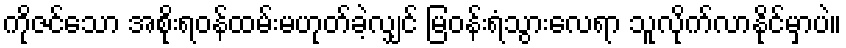
ကိုဇင်သော အစိုးရဝန်ထမ်းမဟုတ်ခဲ့လျှင် မြဝန်းရံသွားလေရာ သူလိုက်လာနိုင်မှာပဲ။